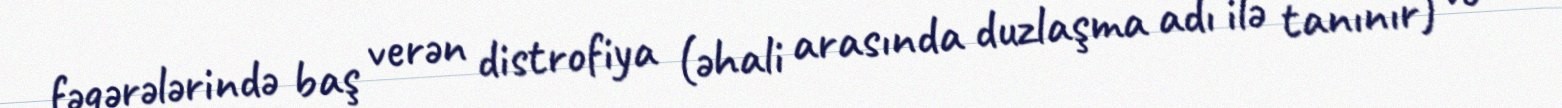
fəqərələrində baş verən distrofiya (əhali arasında duzlaşma adı ilə tanınır) və